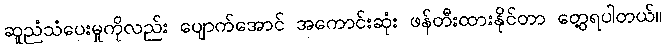
ဆူညံသံပေးမှုကိုလည်း ပျောက်အောင် အကောင်းဆုံး ဖန်တီးထားနိုင်တာ တွေ့ရပါတယ်။